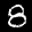
Label: 8